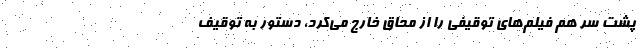
پشت سر هم فیلم‌های توقیفی را از محاق خارج می‌کرد، دستور به توقیف